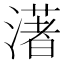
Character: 𤀞